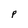
Character: p